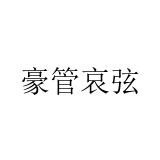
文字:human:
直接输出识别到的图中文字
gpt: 豪管哀弦